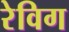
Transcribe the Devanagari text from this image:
रेविग